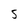
Character: 5